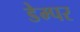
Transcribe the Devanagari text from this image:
डेम्पर